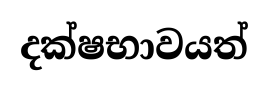
දක්ෂභාවයත්